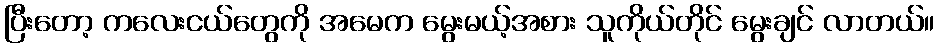
ပြီးတော့ ကလေးငယ်တွေကို အမေက မွေးမယ့်အစား သူကိုယ်တိုင် မွေးချင် လာတယ်။